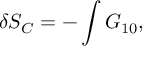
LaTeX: \delta S _ { C } = - \int G _ { 1 0 } ,